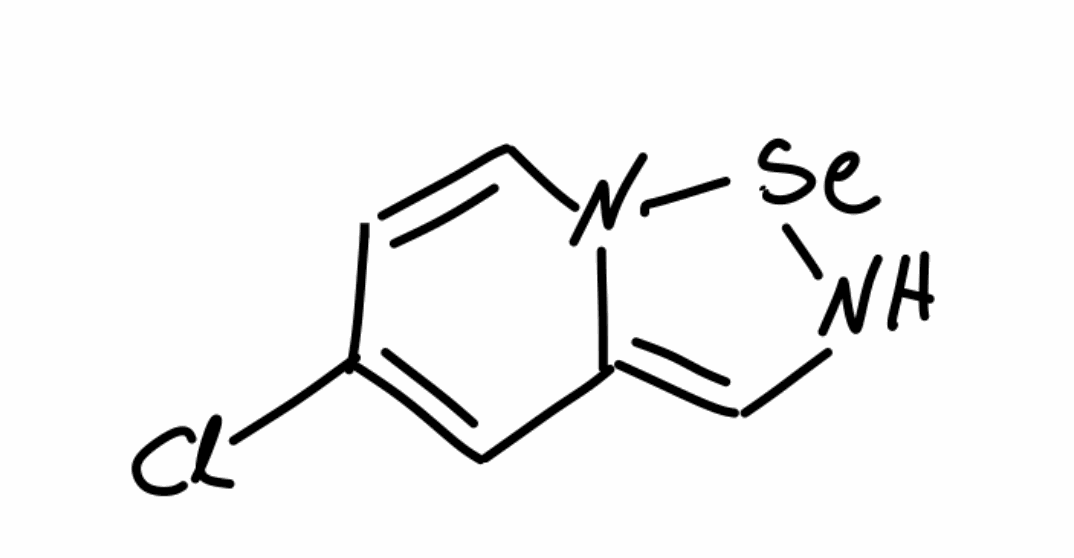
Simplified molecular-input line-entry system (SMILES) notation of the given molecule:
C1=CN2C(=CN[Se]2)C=C1Cl